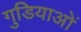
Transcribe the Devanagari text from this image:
गुडियाओं